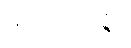
မံသဝဏိဇ္ဇာ